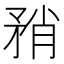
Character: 矟